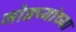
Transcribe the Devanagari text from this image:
जोडप्यांच्या